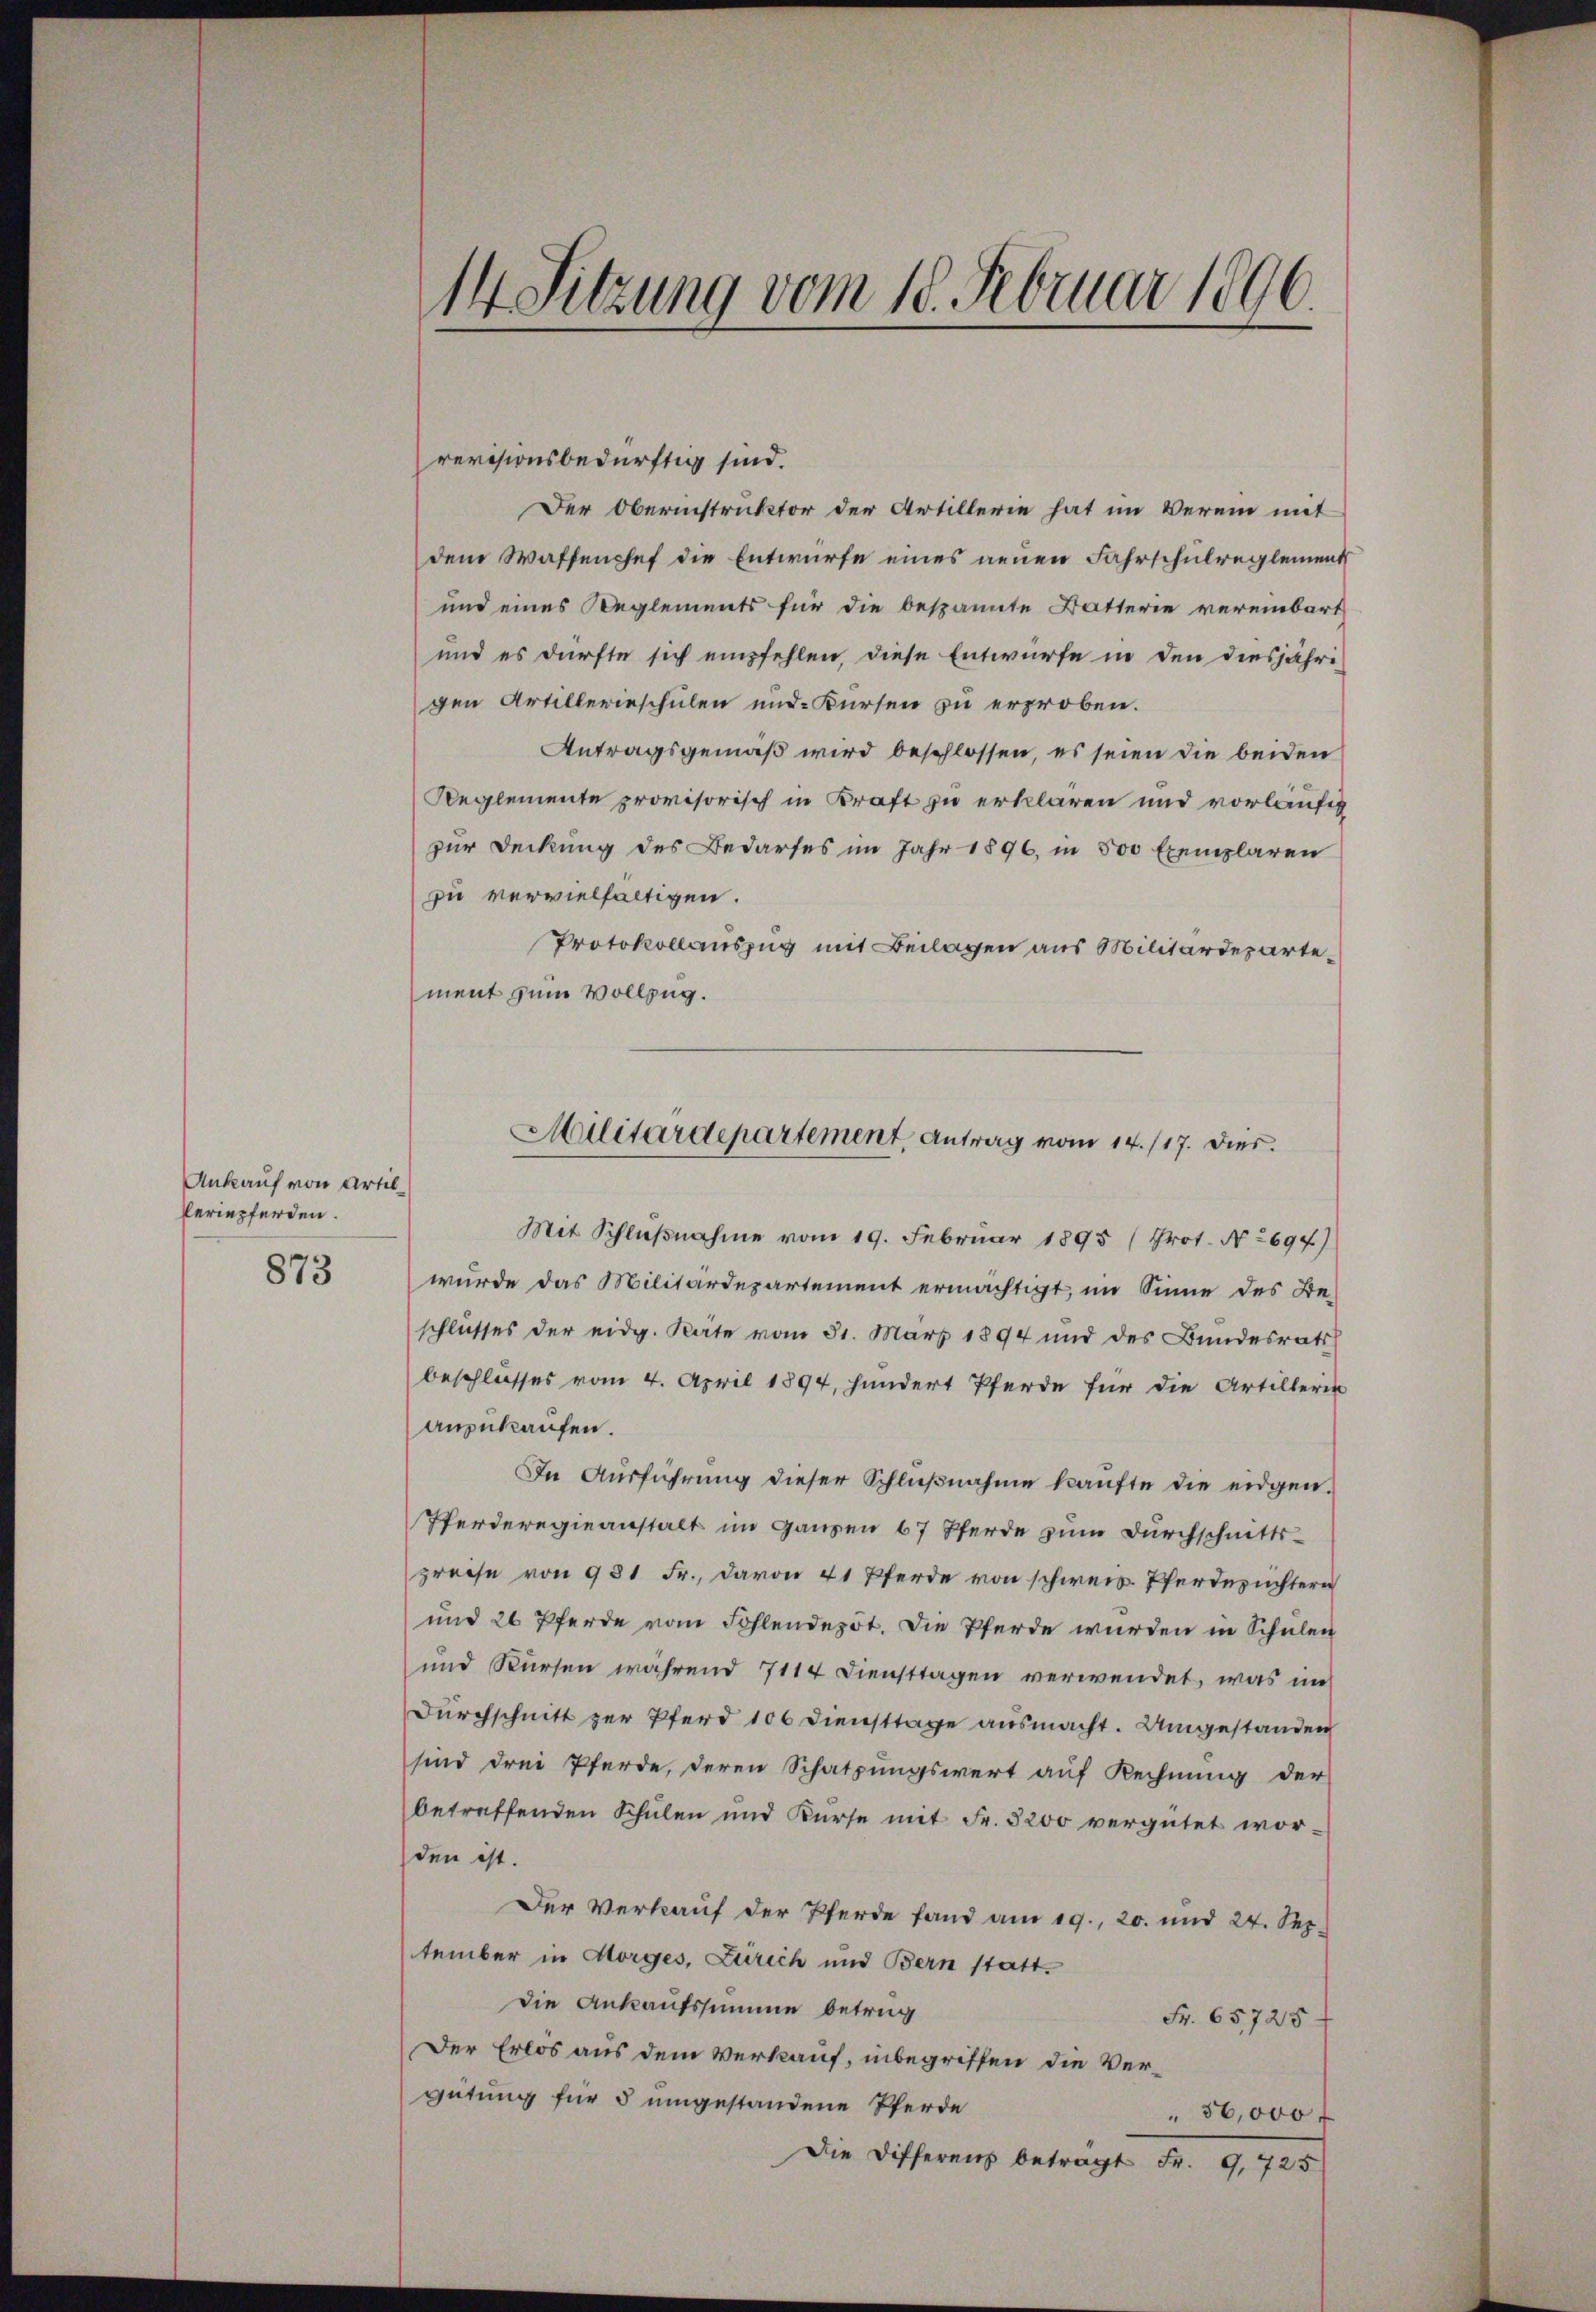
Ankauf von Artilferiepferden.

873

14 Sitzung vom 18. Februar 1896.

revisionsbedürftig sind.
Der Obernistruktor der Artillerie hat im Verein mit
dem Waffenchef die Entwurfe eines neuen Fahrschulreglement
und eines Reglements für die bespannte Batterie vereinbart
und es dürfte sich empfehlen, diese Entwurfe in den diesjährigen Artillerieschulen und Kursen zu erproben.
Antragsgemäß wird beschlossen, es seien die beiden
Reglemente provisorisch in Kraft zu erklären und vorläufig
zur Deckung des Bedarfes im Jahr 1896, in 500 Exemplaren
zu vervielfältigen.
Protokollauszug mit Beilagen aus Militärdepartement zum Vollzug.

Mit Schlußnahme vom 19. Februar 1895 (Prot. N. 2694)
wurde das Militärdepartement ermächtigt, im Sinne des Be-
schlusses der eidg. Räte vom 31. März 1894 und des Bundesrats
beschlusses vom 4. April 1894, hundert Pferde für die Artillerin
anzukaufen.
In Ausführung dieser Schlŭβnahme kaufte die eidgen.
Pferderegieanstalt im Ganzen 67 Pferde zum Durchschnitts-
preise von 981 Fr., davon 41 Pferde von schweis. Pferderichtern
und 26 Pferde vom Fohlendepot. Die Pferde wurden in Schulen
und Kursen während 7114 Diensttagen verwendet, was im
Durchschnitt zur Pferd 106 Diensttage ausmacht. Umgestanden
sind drei Pferde, deren Schatzungswert auf Rechnung der
betreffenden Schulen und Kurse mit Fr. 5200 vergütet worden ist.
Der Verkauf der Pferde fand am 19. 20. und 24. Sep.
tember in Horges, Zürich und Bern stattdie Ankaufssumme betrug
Fr. 65728.
Der Erlos aus dem Verkauf, inbegriffen die Vergütung für 5 umgestandene Pferde
 56,000 f
Die Differens betragt Fr. 9,725

Militärdepartement, Antrag vom 14./17. Dies